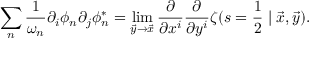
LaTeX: \sum _ { n } \frac { 1 } { \omega _ { n } } \partial _ { i } \phi _ { n } \partial _ { j } \phi _ { n } ^ { * } = \operatorname * { l i m } _ { \vec { y } \rightarrow \vec { x } } \frac { \partial } { \partial x ^ { i } } \frac { \partial } { \partial y ^ { i } } \zeta ( s = \frac { 1 } { 2 } \mid \vec { x } , \vec { y } ) .